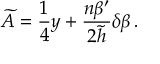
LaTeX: \widetilde { A } = { \frac { 1 } { 4 } } y + { \frac { n \beta ^ { \prime } } { 2 \widetilde { h } } } \delta \beta \, .